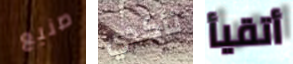
صنيع تأكدي أتقيأ